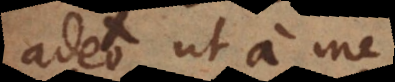
adeo, ut a me